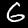
Digit: 6